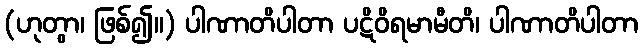
(ဟုတွာ၊ ဖြစ်၍။) ပါဏာတိပါတာ ပဋိဝိရမာမီတိ၊ ပါဏာတိပါတာ